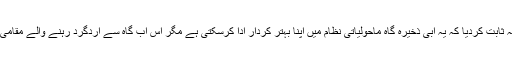
ہم کہہ سکتے ہیں کہ پرندوں نے گورانو کو اپنی مسکن بنا کر یہ ثابت کردیا کہ یہ آبی ذخیرہ گاہ ماحولیاتی نظام میں اپنا بہتر کردار ادا کرسکتی ہے مگر اس آب گاہ سے اردگرد رہنے والے مقامی افراد کو کیا فائدہ پہنچ سکتا ہے، اس پر بھی بات ضروری ہے۔